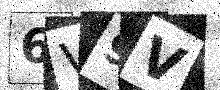
Text: 6V9V